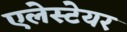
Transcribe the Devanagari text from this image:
एलेस्टेयर